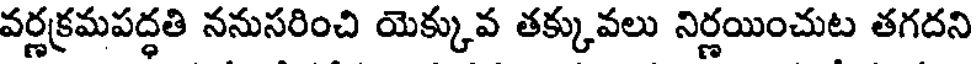
వర్ణక్రమపద్ధతి ననుసరించి యెక్కువ తక్కువలు నిర్ణయించుట తగదని